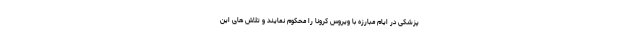
پزشکی در ایام مبارزه با ویروس کرونا را محکوم نمایند و تلاش های این